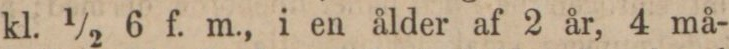
kl. 1/2 6 f. m., i en ålder af 2 år, 4 må-